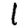
Digit: 1